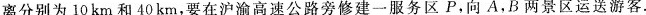
离分别为10km和40km，要在沪渝高速公路旁修建一服务区P，向A.B两景区运送游客.